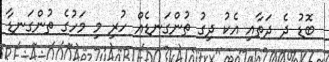
ބޮޑު ދެ ދަތާއި އެކު ދިގު ތުންގަނޑެއް ހުރި މި މަހުގެ ތުންގަނޑާ